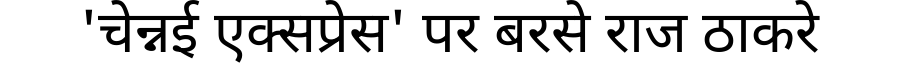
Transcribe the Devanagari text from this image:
'चेन्नई एक्सप्रेस' पर बरसे राज ठाकरे